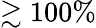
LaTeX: \gtrsim 100\%